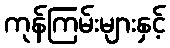
ကုန်ကြမ်းများနှင့်